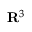
\mathbf { R } ^ { 3 }